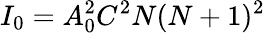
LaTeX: {{I}_{0}}=A_{0}^{2}{C^{2}}N(N+1)^{2}